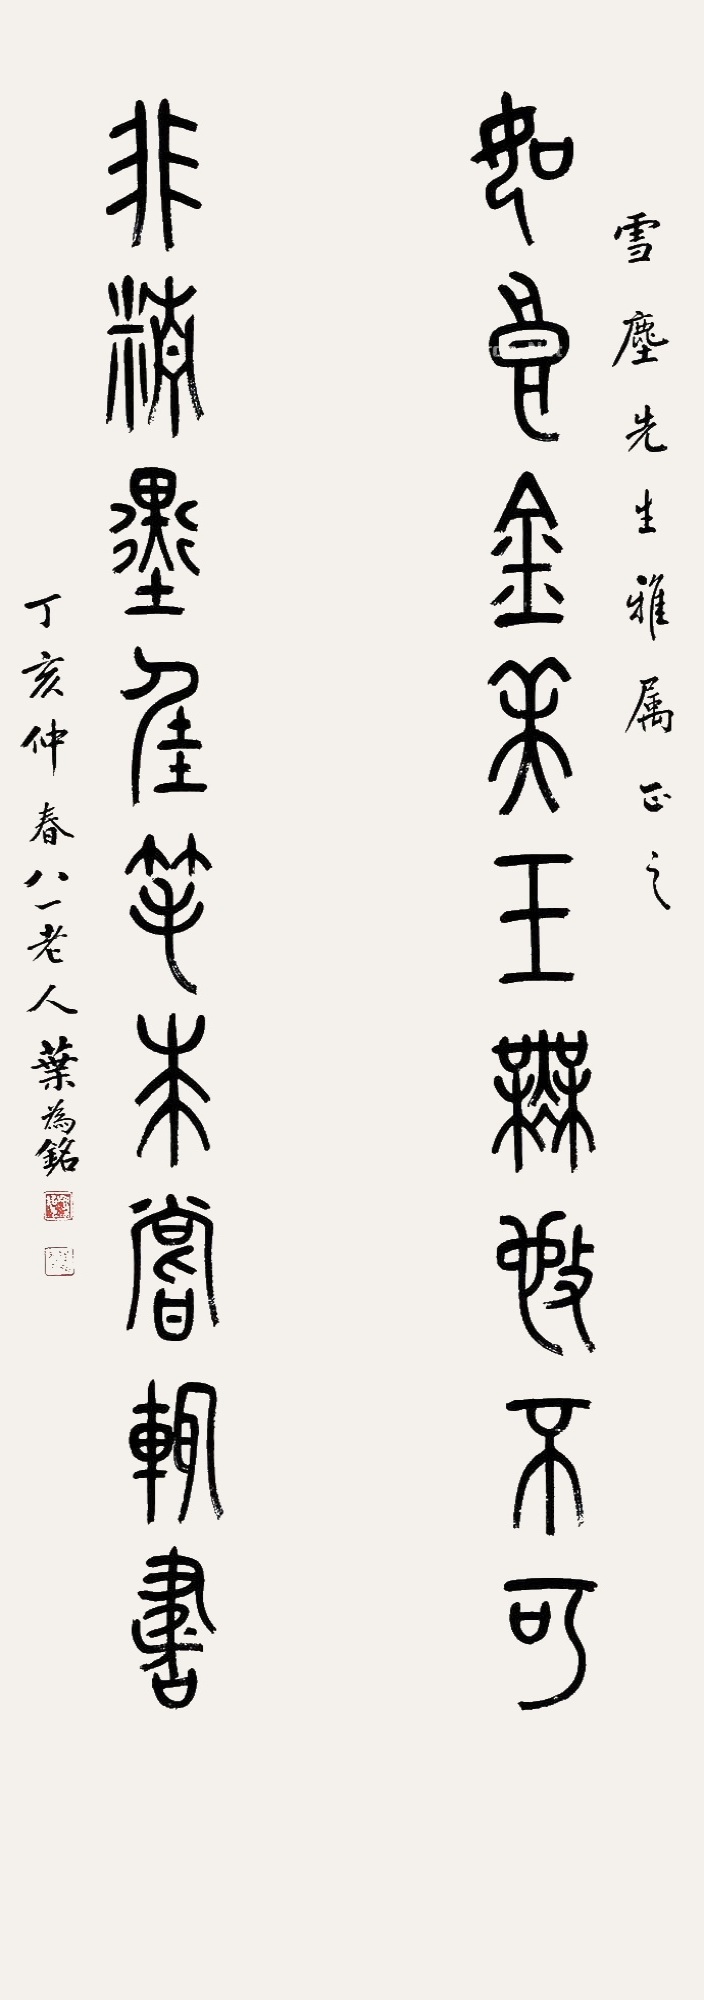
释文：如良金美玉无施不可，非精墨佳笔未尝辄书。雪尘先生雅属正之，丁亥仲春，八一老人叶为铭。